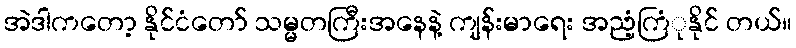
အဲဒါကတော့ နိုင်ငံတော် သမ္မတကြီးအနေနဲ့ ကျန်းမာရေး အညံ့ကြံုနိုင် တယ်။